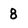
Character: 8